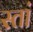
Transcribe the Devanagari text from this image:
स्तां